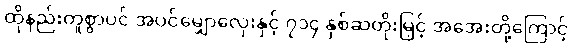
ထိုနည်းတူစွာပင် အပင်မျှောလှေးနှင့် ၇၁၄ နှစ်ဆတိုးမြှင့် အအေးတို့ကြောင့်